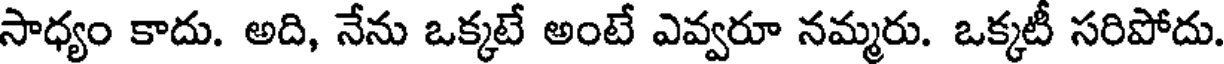
సాధ్యం కాదు. అది, నేను ఒక్కటే అంటే ఎవ్వరూ నమ్మరు. ఒక్కటీ సరిపోదు.